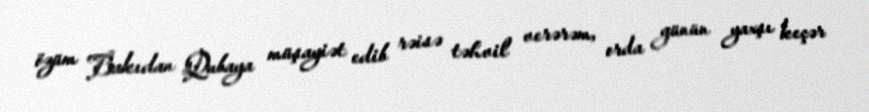
özüm Bakıdan Qubaya müşayiət edib rəisə təhvil verərəm, orda günün yaxşı keçər